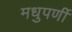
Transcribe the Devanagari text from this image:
मधुपर्णी